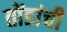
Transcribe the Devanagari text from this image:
तोंडांची